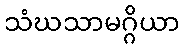
သံဃသာမဂ္ဂိယာ